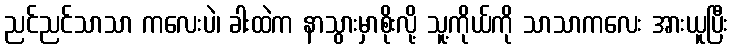
ညင်ညင်သာသာ ကလေးပဲ၊ ခါးထဲက နာသွားမှာစိုးလို့ သူ့ကိုယ်ကို သာသာကလေး အားယူပြီး